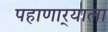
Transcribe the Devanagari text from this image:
पहाणार्‍याला